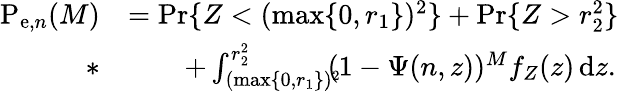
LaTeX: \begin{array}{rl}{\mathrm{P}_{\mathrm{e},n}(M)}&{=\operatorname*{Pr}\{ Z<(\operatorname*{max}\{ 0,r_{1}\} )^{2}\} +\operatorname*{Pr}\{ Z>r_{2}^{2}\} }\\ {*}&{\qquad+\int_{(\operatorname*{max}\{ 0,r_{1}\} )^{2}}^{r_{2}^{2}}\! \! \! (1-\Psi(n,z))^{M}f_{Z}(z)\, \mathrm{d}z.}\end{array}